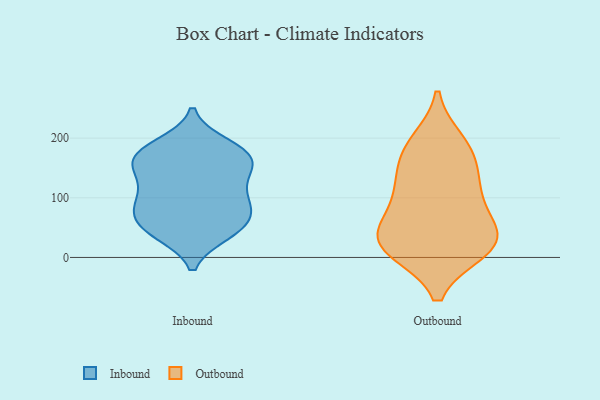
{"axis": {"x": "Demand Index", "y": "Value"}, "legend": ["Inbound", "Outbound"], "data": [{"x": "", "y": 151, "type": "Inbound"}, {"x": "", "y": 75, "type": "Inbound"}, {"x": "", "y": 40, "type": "Inbound"}, {"x": "", "y": 189, "type": "Inbound"}, {"x": "", "y": 182, "type": "Inbound"}, {"x": "", "y": 83, "type": "Inbound"}, {"x": "", "y": 44, "type": "Inbound"}, {"x": "", "y": 170, "type": "Inbound"}, {"x": "", "y": 147, "type": "Inbound"}, {"x": "", "y": 121, "type": "Inbound"}, {"x": "", "y": 117, "type": "Inbound"}, {"x": "", "y": 77, "type": "Inbound"}, {"x": "", "y": 99, "type": "Inbound"}, {"x": "", "y": 171, "type": "Inbound"}, {"x": "", "y": 44, "type": "Inbound"}, {"x": "", "y": 83, "type": "Inbound"}, {"x": "", "y": 154, "type": "Inbound"}, {"x": "", "y": 49, "type": "Inbound"}, {"x": "", "y": 173, "type": "Inbound"}, {"x": "", "y": 111, "type": "Outbound"}, {"x": "", "y": 127, "type": "Outbound"}, {"x": "", "y": 39, "type": "Outbound"}, {"x": "", "y": 64, "type": "Outbound"}, {"x": "", "y": 18, "type": "Outbound"}, {"x": "", "y": 39, "type": "Outbound"}, {"x": "", "y": 14, "type": "Outbound"}, {"x": "", "y": 172, "type": "Outbound"}, {"x": "", "y": 193, "type": "Outbound"}, {"x": "", "y": 179, "type": "Outbound"}, {"x": "", "y": 13, "type": "Outbound"}, {"x": "", "y": 109, "type": "Outbound"}, {"x": "", "y": 26, "type": "Outbound"}]}